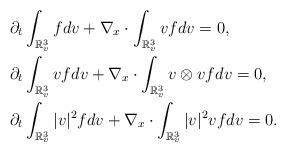
LaTeX: \begin{align*}&\partial_t \int_{\mathbb{R}^3_v} fdv + \nabla_x \cdot \int_{\mathbb{R}^3_v} vfdv =0, \\&\partial_t \int_{\mathbb{R}^3_v} vfdv + \nabla_x\cdot \int_{\mathbb{R}^3_v} v\otimes vfdv =0,\\&\partial_t \int_{\mathbb{R}^3_v} \vert v\vert^2fdv + \nabla_x \cdot \int_{\mathbb{R}^3_v} \vert v\vert^2 vfdv =0.\end{align*}